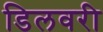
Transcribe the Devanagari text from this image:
डिलवरी